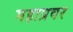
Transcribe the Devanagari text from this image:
महाप्रवर